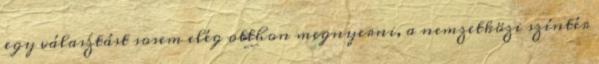
egy választást sosem elég otthon megnyerni, a nemzetközi színtér